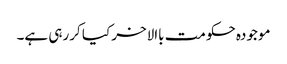
موجودہ حکومت باالاخر کیا کررہی ہے۔